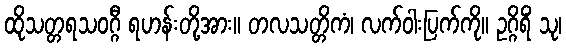
ထိုသတ္တရသဝဂ္ဂီ ရဟန်းတို့အား။ တလသတ္တိကံ၊ လက်ဝါးပြက်ကို။ ဥဂ္ဂိရိံ သု၊